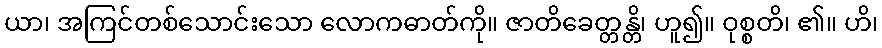
ယာ၊ အကြင်တစ်သောင်းသော လောကဓာတ်ကို။ ဇာတိခေတ္တန္တိ၊ ဟူ၍။ ဝုစ္စတိ၊ ၏။ ဟိ၊